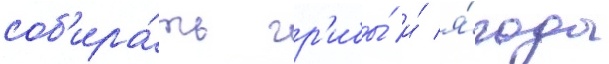
соб'ира́ть гр'ибы́ и́ я́годы